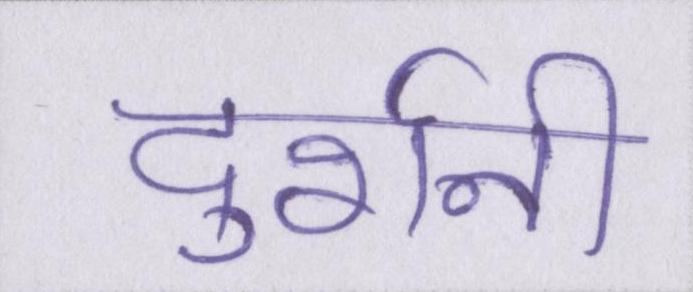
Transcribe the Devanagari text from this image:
दुर्रानी